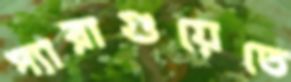
প্যারাগুয়েতে